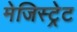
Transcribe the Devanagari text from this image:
मेजिस्ट्रेट